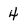
Character: 4